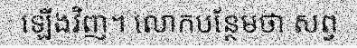
ឡើងវិញ។ លោកបន្ថែមថា សព្វ